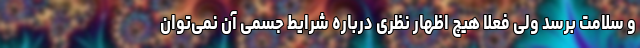
و سلامت برسد ولی فعلا هیچ اظهار نظری درباره شرایط جسمی آن نمی‌توان